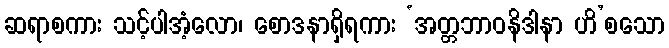
ဆရာစကား သင့်ပါအံ့လော၊ စောဒနာရှိရကား ‘အတ္တဘာဝနိဒါနာ ဟိ’စသော